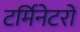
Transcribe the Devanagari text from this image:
टर्मिनेटरों